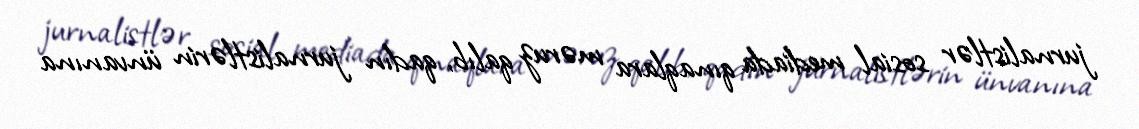
jurnalistlər sosial mediada qınaqlara məruz qalıb, qadın jurnalistlərin ünvanına